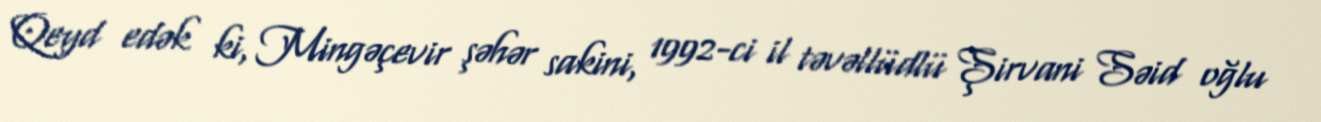
Qeyd edək ki, Mingəçevir şəhər sakini, 1992-ci il təvəllüdlü Şirvani Səid oğlu